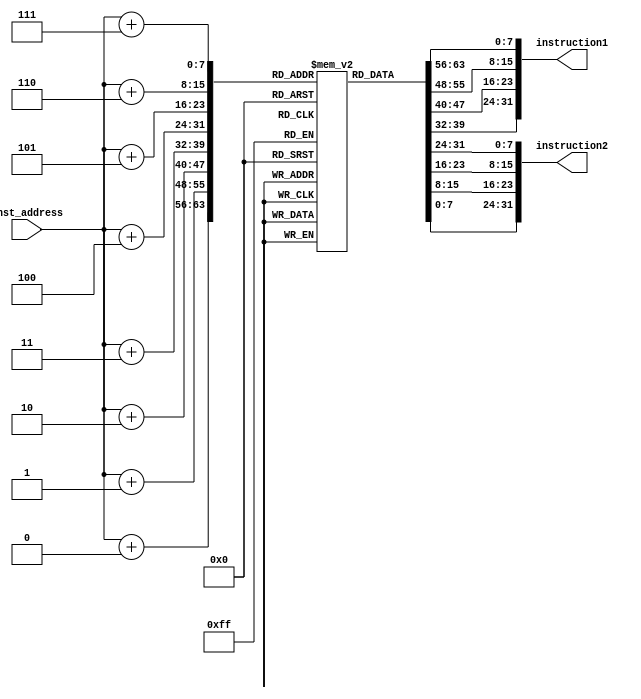
module instruc_mem(
    input [7:0] inst_address,
    output reg [31:0] instruction1,
    output reg [31:0] instruction2
);

    reg [7:0] inst_mem[255:0];

    initial begin
        {inst_mem[3], inst_mem[2], inst_mem[1], inst_mem[0]} = 32'h00500093;  // LI x1, 5
        {inst_mem[7], inst_mem[6], inst_mem[5], inst_mem[4]} = 32'hff200113;  // LI x2, -14
        {inst_mem[11], inst_mem[10], inst_mem[9], inst_mem[8]} = 32'h00f00193; // LI x3, 15
        {inst_mem[15], inst_mem[14], inst_mem[13], inst_mem[12]} = 32'h01200213; // LI x4, 18
        {inst_mem[19], inst_mem[18], inst_mem[17], inst_mem[16]} = 32'h01400293; // LI x5, 20
        {inst_mem[23], inst_mem[22], inst_mem[21], inst_mem[20]} = 32'h01900313; // LI x6, 25
        {inst_mem[27], inst_mem[26], inst_mem[25], inst_mem[24]} = 32'h02800393; // LI x7, 40
        {inst_mem[31], inst_mem[30], inst_mem[29], inst_mem[28]} = 32'hff400413; // LI x8, -12
        
        {inst_mem[35], inst_mem[34], inst_mem[33], inst_mem[32]} = 32'h00608223; // SB x6, 4(x1)
        {inst_mem[39], inst_mem[38], inst_mem[37], inst_mem[36]} = 32'h00438023; // SB x4, 0(x7)

        // R-Type
        {inst_mem[43], inst_mem[42], inst_mem[41], inst_mem[40]} = 32'h002085b3; // ADD x11, x1, x2
        {inst_mem[47], inst_mem[46], inst_mem[45], inst_mem[44]} = 32'h00b18633; // ADD x12, x3, x11 //
        {inst_mem[51], inst_mem[50], inst_mem[49], inst_mem[48]} = 32'h0053f6b3; // AND x13, x5, x7
        {inst_mem[55], inst_mem[54], inst_mem[53], inst_mem[52]} = 32'h00664733; // XOR x14, x12, x6
        {inst_mem[59], inst_mem[58], inst_mem[57], inst_mem[56]} = 32'h0070e7b3; // OR x15, x1, x7
        {inst_mem[63], inst_mem[62], inst_mem[61], inst_mem[60]} = 32'h00418f33; // ADD x30, x3, x4
        {inst_mem[67], inst_mem[66], inst_mem[65], inst_mem[64]} = 32'h00730f33; // ADD x30, x6, x7 // 

        // I-Type 
        {inst_mem[71], inst_mem[70], inst_mem[69], inst_mem[68]} = 32'h00c10813; // ADDI x16, x2, 12
        {inst_mem[75], inst_mem[74], inst_mem[73], inst_mem[72]} = 32'h01e27893; // ANDI x17, x4, 30
        {inst_mem[79], inst_mem[78], inst_mem[77], inst_mem[76]} = 32'h0140ca13; // XORI x20, x1, 20
        {inst_mem[83], inst_mem[82], inst_mem[81], inst_mem[80]} = 32'h00379a93; // SLLI x21, x15, 3
        {inst_mem[87], inst_mem[86], inst_mem[85], inst_mem[84]} = 32'h00755b13; // SRLI x22, x10, 7
        {inst_mem[91], inst_mem[90], inst_mem[89], inst_mem[88]} = 32'h40665b93; // SRAI x23, x12, 6
        
        // M-Type 
        {inst_mem[95], inst_mem[94], inst_mem[93], inst_mem[92]} = 32'h02208d33; // MUL x26, x1, x2
        {inst_mem[99], inst_mem[98], inst_mem[97], inst_mem[96]} = 32'h02859db3; // MULH x27, x11, x8
        {inst_mem[103], inst_mem[102], inst_mem[101], inst_mem[100]} = 32'h0276b9b3; // MULHU x19, x13, x7
        {inst_mem[107], inst_mem[106], inst_mem[105], inst_mem[104]} = 32'h0267a933; // MULHSU x18, x15, x6
        {inst_mem[111], inst_mem[110], inst_mem[109], inst_mem[108]} = 32'h0260d533; // DIVU x10, x1, x6
        {inst_mem[115], inst_mem[114], inst_mem[113], inst_mem[112]} = 32'h0220e4b3; // REM x9, x1, x2
        {inst_mem[119], inst_mem[118], inst_mem[117], inst_mem[116]} = 32'h0217fe33; // REMU x28, x15, x1
        {inst_mem[123], inst_mem[122], inst_mem[121], inst_mem[120]} = 32'h02244eb3; // DIV x29, x8, x2
    end

    always @ (inst_address) begin
        instruction1[7:0] = inst_mem[inst_address + 0]; 
        instruction1[15:8] = inst_mem[inst_address + 1]; 
        instruction1[23:16] = inst_mem[inst_address + 2]; 
        instruction1[31:24] = inst_mem[inst_address + 3]; 

        instruction2[7:0] = inst_mem[inst_address + 4]; 
        instruction2[15:8] = inst_mem[inst_address + 5]; 
        instruction2[23:16] = inst_mem[inst_address + 6]; 
        instruction2[31:24] = inst_mem[inst_address + 7]; 
    end
endmodule